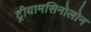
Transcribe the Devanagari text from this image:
ट्रीयामसिनोलोन